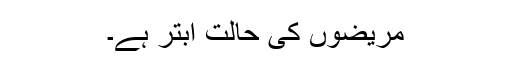
مریضوں کی حالت ابتر ہے۔